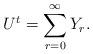
LaTeX: \begin{align*}U^t = \sum_{r=0}^\infty Y_r.\end{align*}